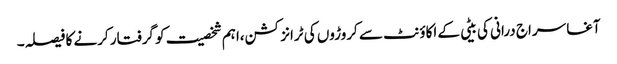
آغا سراج درانی کی بیٹی کے اکاؤنٹ سے کروڑوں کی ٹرانزکشن،اہم شخصیت کو گرفتار کرنے کا فیصلہ۔